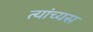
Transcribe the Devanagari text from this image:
त्यांच्यस